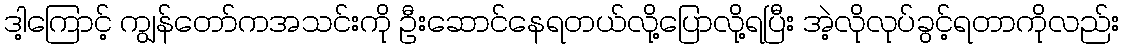
ဒါ့ကြောင့် ကျွန်တော်ကအသင်းကို ဦးဆောင်နေရတယ်လို့ပြောလို့ရပြီး အဲ့လိုလုပ်ခွင့်ရတာကိုလည်း